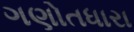
ગણોતધારા